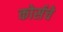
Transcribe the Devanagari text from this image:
कोर्सचे